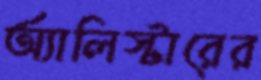
অ্যালিস্টারের